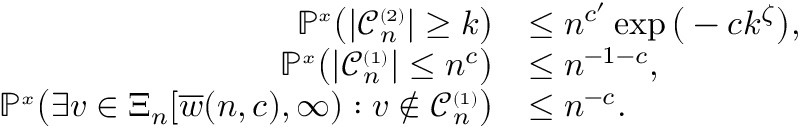
\begin{array} { r l } { \mathbb { P } ^ { \scriptscriptstyle x } \big ( | { \mathcal C } _ { n } ^ { \scriptscriptstyle ( 2 ) } | \ge k \big ) } & { \le n ^ { c ^ { \prime } } \exp \big ( - c k ^ { \zeta } \big ) , } \\ { \mathbb { P } ^ { \scriptscriptstyle x } \big ( | { \mathcal C } _ { n } ^ { \scriptscriptstyle ( 1 ) } | \le n ^ { c } \big ) } & { \le n ^ { - 1 - c } , } \\ { \mathbb { P } ^ { \scriptscriptstyle x } \big ( \exists v \in \Xi _ { n } [ \overline { { w } } ( n , c ) , \infty ) : v \notin { \mathcal C } _ { n } ^ { \scriptscriptstyle ( 1 ) } \big ) } & { \le n ^ { - c } . } \end{array}